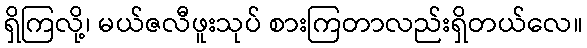
ရှိကြလို့၊ မယ်ဇလီဖူးသုပ် စားကြတာလည်းရှိတယ်လေ။